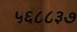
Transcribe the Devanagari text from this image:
५६८८३७